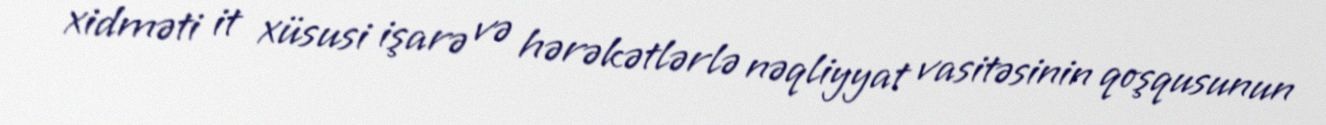
xidməti it xüsusi işarə və hərəkətlərlə nəqliyyat vasitəsinin qoşqusunun